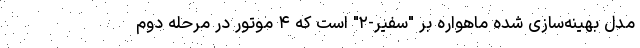
مدل بهینه‌سازی شده ماهواره بر "سفیر-۲" است که ۴ موتور در مرحله دوم